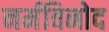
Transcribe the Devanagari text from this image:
नर्मविनोद